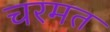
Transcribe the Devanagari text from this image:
चरमत